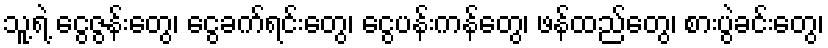
သူ့ရဲ့ ငွေဇွန်းတွေ၊ ငွေခက်ရင်းတွေ၊ ငွေပန်းကန်တွေ၊ ဖန်ထည်တွေ၊ စားပွဲခင်းတွေ၊